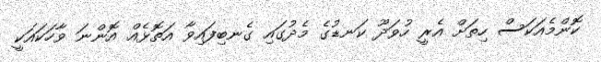
ކޮންމެއަކަސް ހިތަށް އެރީ ހުވަދޫ ކަނޑުގެ މެދުގައި ގެނބިފައިވާ އަތޮޅެއް އޮންނަ ވާހަކައަކީ